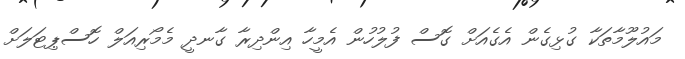
މައުލޫމާތަކާ ގުޅިގެން އެގެއަށް ގޮސް ފުލުހުން އެމީހާ އިންދިރާ ގާނދީ މެމޯރިއަލް ހޮސްޕިޓަލަށް